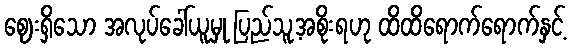
ဈေးရှိသော အလုပ်ခေါ်ယူမှု ပြည်သူ့အစိုးရဟု ထိထိရောက်ရောက်နှင့်